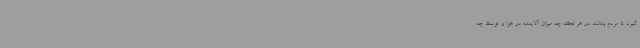
گیرد تا مردم بدانند در هر لحظه چه میزان آلاینده در هوا و توسط چه